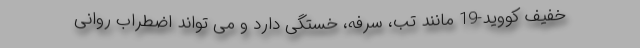
خفیف کووید-19 مانند تب، سرفه، خستگی دارد و می تواند اضطراب روانی